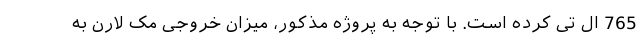
765 ال تی کرده است. با توجه به پروژه مذکور، میزان خروجی مک لارن به